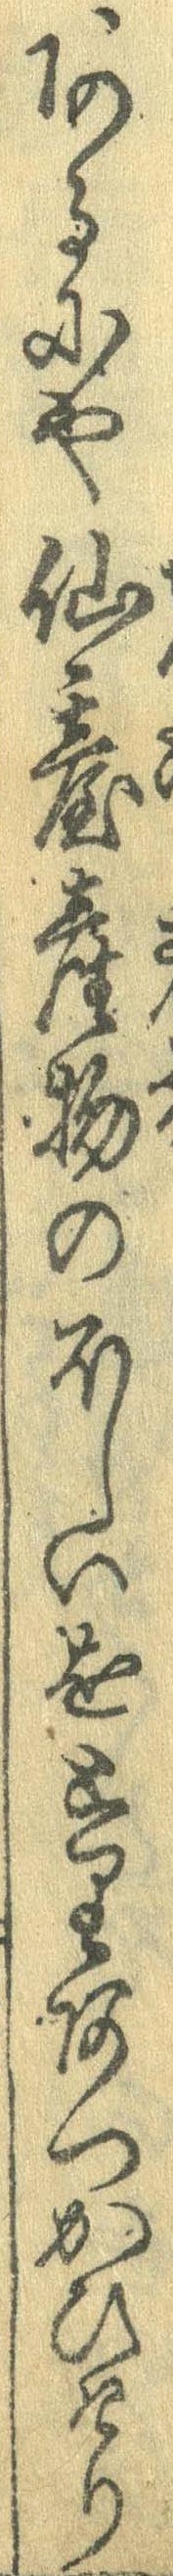
あるにや仙台産物のほしいをとりあつかいけり